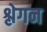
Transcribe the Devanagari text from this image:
श्लेगन